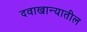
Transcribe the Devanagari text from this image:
दवाखान्यातील